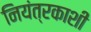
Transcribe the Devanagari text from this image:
नियंत्रकाशी